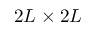
2 L \times 2 L